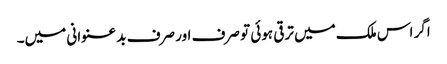
اگر اس ملک میں ترقی ہوئی تو صرف اور صرف بد عنوانی میں۔